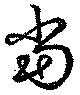
當